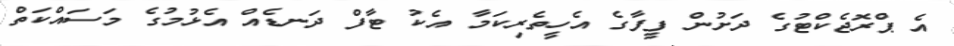
އެ ޕްރޮޖެކްޓުގެ ދަށުން ފީފާގެ އެހީތެރިކަމާ އެކު ޓާފް ދަނޑެއް އެޅުމުގެ މަސައްކަތް